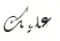
عليك